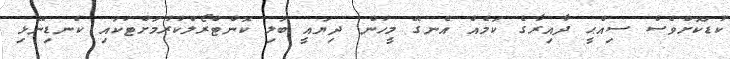
ކުޑަކޮށްވެސް ސިއްޙީ ދާއިރާގެ ކަމެއް އެނގޭ މީހުން ދިޔައީ ބަލި ކޮންޓްރޯލްކުރުމަށްޓަކައި ކެނޑިނޭޅި